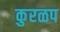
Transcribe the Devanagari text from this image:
कुरळप